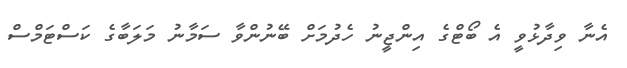
އެނާ ވިދާޅުވީ އެ ބޯޓްގެ އިންޖީނު ހެދުމަށް ބޭނުންވާ ސަމާނު މަލަބާގެ ކަސްޓަމްސް